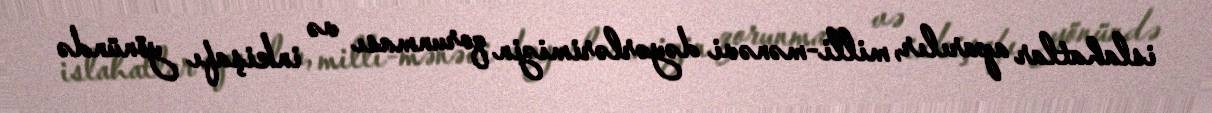
islahatlar aparılır, milli-mənəvi dəyərlərimizin qorunması və inkişafı yönündə